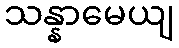
သန္နာမေယျ